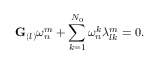
\mathbf { G } _ { ( l ) } \omega _ { n } ^ { m } + \sum _ { k = 1 } ^ { N _ { 0 } } \omega _ { n } ^ { k } \lambda _ { l k } ^ { m } = 0 .